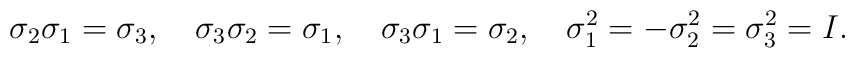
\sigma_2 \sigma_1 =\sigma_3,\quad\sigma_3 \sigma_2 =\sigma_1,\quad\sigma_3 \sigma_1 =\sigma_2,\quad\sigma_1^2=- \sigma_2^2 =\sigma_3^2=I.